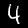
Label: 4